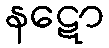
နဋော